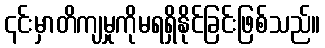
၎င်းမှာတိကျမှုကိုမရရှိနိုင်ခြင်းဖြစ်သည်။